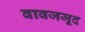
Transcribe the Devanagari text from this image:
वावजजूद